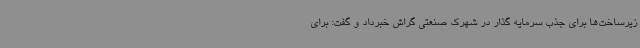
زیرساخت‌ها برای جذب سرمایه گذار در شهرک صنعتی گراش خبرداد و گفت: برای